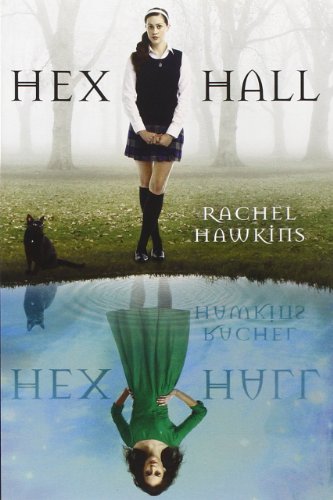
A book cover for Hex Hall Book One; Rachel Hawkins; Teen & Young Adult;